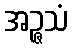
အဉ္ဇသံ